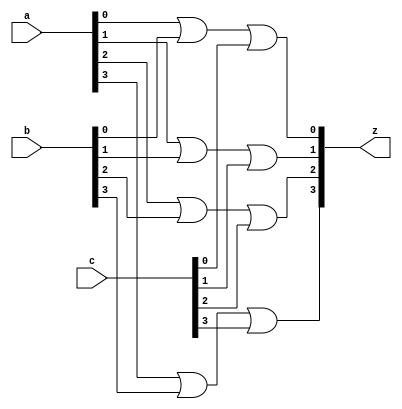
module orSE(a, b, c, z); // not sure if modul has to be adjusted based on the fact that 3
	input [3:0] a, b, c;
	output [3:0] z;
	assign z[0] = (a[0]|b[0]|c[0]);  // selecting the appropriate 4-bit fields for Ra, Rb, and Rc in the IR register
	assign z[1] = (a[1]|b[1]|c[1]); 
	assign z[2] = (a[2]|b[2]|c[2]); 
	assign z[3] = (a[3]|b[3]|c[3]); 
endmodule